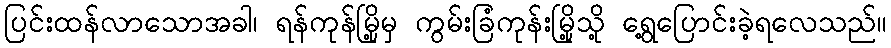
ပြင်းထန်လာသောအခါ၊ ရန်ကုန်မြို့မှ ကွမ်းခြံကုန်းမြို့သို့ ရွေ့ပြောင်းခဲ့ရလေသည်။